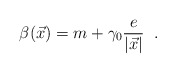
\begin{align*}\beta(\vec{x})=m+\gamma_0\frac{e}{|\vec{x}|}\;\;.\end{align*}